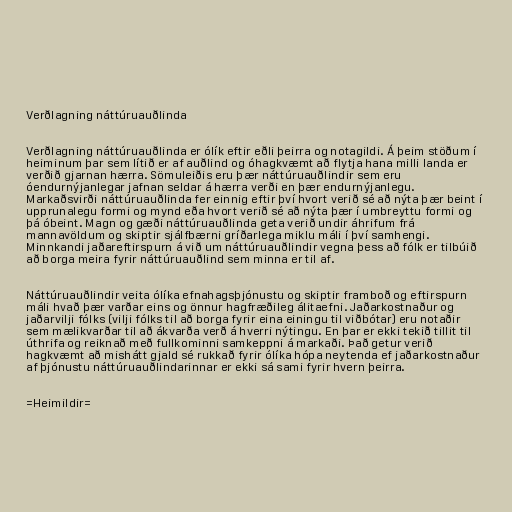
Verðlagning náttúruauðlinda

Verðlagning náttúruauðlinda er ólík eftir eðli þeirra og notagildi. Á þeim stöðum í
heiminum þar sem lítið er af auðlind og óhagkvæmt að flytja hana milli landa er
verðið gjarnan hærra. Sömuleiðis eru þær náttúruauðlindir sem eru
óendurnýjanlegar jafnan seldar á hærra verði en þær endurnýjanlegu.
Markaðsvirði náttúruauðlinda fer einnig eftir því hvort verið sé að nýta þær beint í
upprunalegu formi og mynd eða hvort verið sé að nýta þær í umbreyttu formi og
þá óbeint. Magn og gæði náttúruauðlinda geta verið undir áhrifum frá
mannavöldum og skiptir sjálfbærni gríðarlega miklu máli í því samhengi.
Minnkandi jaðareftirspurn á við um náttúruauðlindir vegna þess að fólk er tilbúið
að borga meira fyrir náttúruauðlind sem minna er til af.

Náttúruauðlindir veita ólíka efnahagsþjónustu og skiptir framboð og eftirspurn
máli hvað þær varðar eins og önnur hagfræðileg álitaefni. Jaðarkostnaður og
jaðarvilji fólks (vilji fólks til að borga fyrir eina einingu til viðbótar) eru notaðir
sem mælikvarðar til að ákvarða verð á hverri nýtingu. En þar er ekki tekið tillit til
úthrifa og reiknað með fullkominni samkeppni á markaði. Það getur verið
hagkvæmt að mishátt gjald sé rukkað fyrir ólíka hópa neytenda ef jaðarkostnaður
af þjónustu náttúruauðlindarinnar er ekki sá sami fyrir hvern þeirra.

=Heimildir=